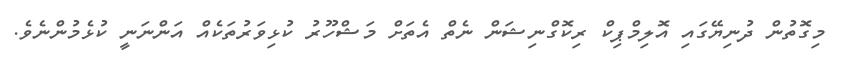
މިގޮތުން ދުނިޔޭގައި އޮލިމްޕިކް ރިކޮގްނިޝަން ނެތް އެތަށް މަޝްހޫރު ކުޅިވަރުތަކެއް އަންނަނީ ކުޅެމުންނެވެ.